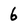
Character: 6